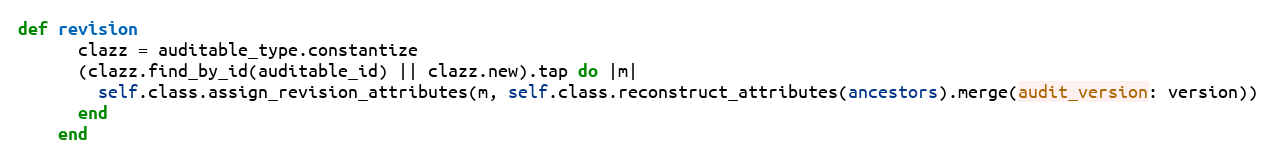
Language: Ruby
def revision
      clazz = auditable_type.constantize
      (clazz.find_by_id(auditable_id) || clazz.new).tap do |m|
        self.class.assign_revision_attributes(m, self.class.reconstruct_attributes(ancestors).merge(audit_version: version))
      end
    end